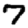
Digit: 7